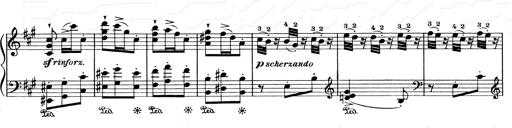
Title: Mephisto Waltz No.1
Composer: Franz Liszt